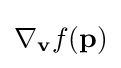
\nabla _{\mathbf {v} }f(\mathbf {p} )